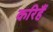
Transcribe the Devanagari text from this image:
करिहैं